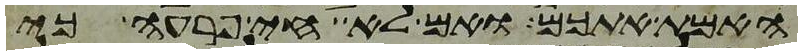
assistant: האמת אתכם ואם לא חי פרעה כי